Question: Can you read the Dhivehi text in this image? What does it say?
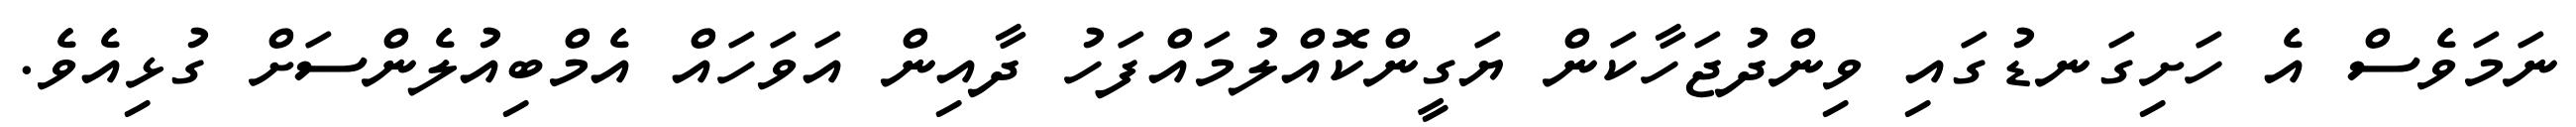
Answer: ނަމަވެސް އެ ހަށިގަނޑުގައި ވިންދުޖަހާކަން ޔަގީންކޮއްލުމައްފަހު ދާއިން އަވަހައް އެމްބިއުލެންސަށް ގުޅިއެވެ.